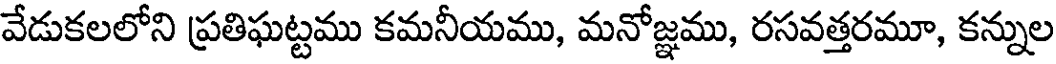
వేడుకలలోని ప్రతిఘట్టము కమనీయము, మనోజ్ఞము, రసవత్తరమూ, కన్నుల